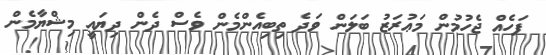
ފަހެއް ޖެހުމުން މަޢުރަޒު ބަލަން ވަދެ ތިބިއެންމެން ވެސް ދެން ދިޔައީ މިޝްޔާމެން